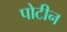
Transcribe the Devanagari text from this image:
पोटीन